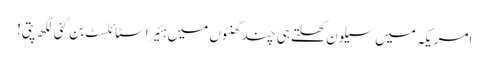
امریکہ میں سیلون کھلتے ہی چند گھنٹوں میں ہئیر اسٹائلسٹ بن گئی لکھ پتی!